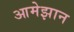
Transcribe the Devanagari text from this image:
आमेझान